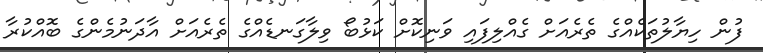
ފުން ހިޔާލުތަކެއްގެ ތެރެއަށް ގެއްލިފައި ވަނިކޮށް ކަޅުބޯ ވިލާގަނޑެއްގެ ތެރެއަށް އާދަނުމެންގެ ބޮއްކުރާ